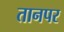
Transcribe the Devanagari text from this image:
तानपर